Indian journal of veterinary science and animal husbandry - Volumes 28-29, 1958-1959
Year: 1958
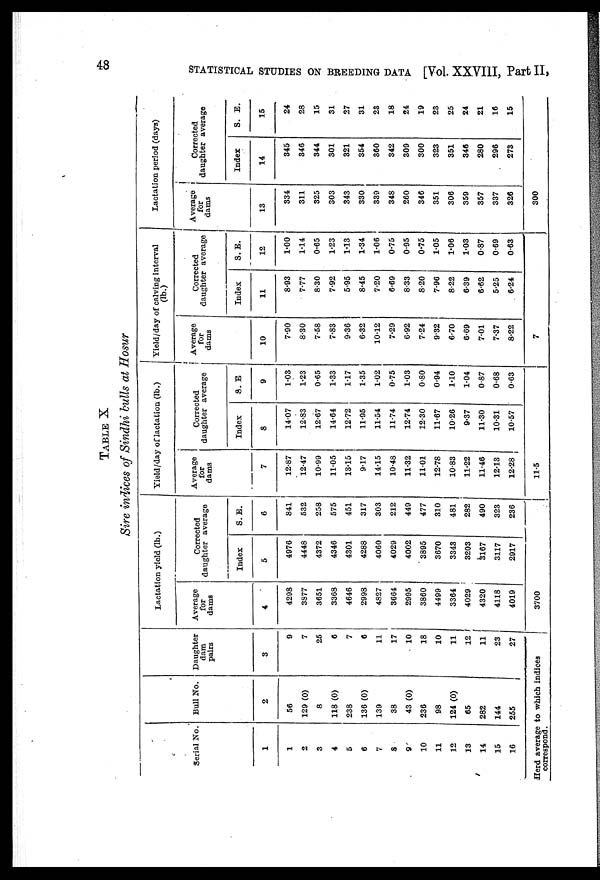
48
STATISTICAL STUDIES ON BREEDING DATA [Vol. XXVIII, Part II,
TABLE X
Sire indices of Sindhi bulls at Hosur
Serial No.
1
1
2
3
4
5
6
7
8
9
10
11
12
13
14
15
16
Bull No.
2
56
129 (0)
8
118 (0)
238
136 (0)
139
38
43 (0)
236
98
124 (0)
65
282
144
255
Daughter
dam
pairs
3
9
7
25
6
7
6
11
17
10
18
10
11
12
11
23
27
Herd average to which indices
correspond.
Lactation yield (lb.)
Average
for
dams
4
4298
3877
3651
3368
4646
2998
4827
3664
2995
3860
4499
3364
4029
4320
4118
4019
Corrected
daughter average
Index
5
4976
4448
4372
4346
4301
4288
4060
4029
4002
3895
3670
3343
3203
3167
3117
2917
S. E.
6
841
532
258
575
451
317
303
212
449
477
310
481
282
490
323
236
3700
Yield/day of lactation (lb.)
Average
for
dams
7
12.87
12.47
10.99
11.05
13.15
9.17
14.15
10.48
11.32
11.01
12.78
10.83
11.22
11.46
12.13
12.28
Corrected
daughter average
Index
8
14.07
12.83
12.67
14.64
12.72
11.95
11.54
11.74
12.74
12.30
11.67
10.26
9.37
11.30
10.31
10.57
S. E
9
1.03
1.23
0.65
1.33
1.17
1.35
1.02
0.75
1.03
0.80
0.94
1.10
1.04
0.87
0.68
0.63
11.5
Yield/day of calving interval
(lb.)
Average
for
dams
10
7.90
8.30
7.58
7.83
9.36
6.32
10.12
7.29
6.92
7.24
9.32
6.70
6.69
7.01
7.37
8.22
Corrected
daughter average
Index
11
8.93
7.77
8.30
7.92
5.95
8.45
7.20
6.69
8.33
8.20
7.96
8.22
6.39
6.62
5.25
6.24
S. E.
12
1.00
1.14
0.65
1.23
1.13
1.34
1.06
0.75
0.95
0.75
1.05
1.06
1.03
0.87
0.69
0.63
7
Lactation period (days)
Average
for
dams
13
334
311
325
303
343
330
339
348
260
346
351
306
359
357
337
326
Corrected
daughter average
Index
14
345
346
344
301
321
354
360
342
309
300
323
351
346
280
296
273
S.E.
15
24
28
15
31
27
31
23
18
24
19
23
25
24
21
16
15
300